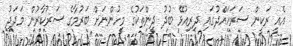
އެއީ ރަކީން ސަރަހައްދުގައި ދިރިއުޅޭ ބުދު ދީންތަކުގެ މީހުންނަށް ބަރުމާގެ ސަރުކާރުން މަދަދު